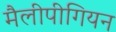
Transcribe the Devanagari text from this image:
मैलीपीगियन